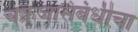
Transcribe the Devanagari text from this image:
चक्रजासंबंधीचा